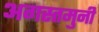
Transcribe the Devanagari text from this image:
अगस्‍तमुनी